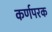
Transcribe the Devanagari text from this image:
कर्णपरक